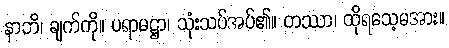
နာဘိ၊ ချက်ကို။ ပရာမဋ္ဌာ၊ သုံးသပ်အပ်၏။ တဿာ၊ ထိုရသေ့မအား။